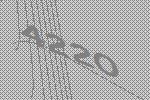
4220